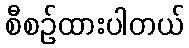
စီစဉ်ထားပါတယ်